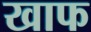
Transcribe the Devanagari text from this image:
खाफ